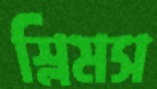
স্লিমস